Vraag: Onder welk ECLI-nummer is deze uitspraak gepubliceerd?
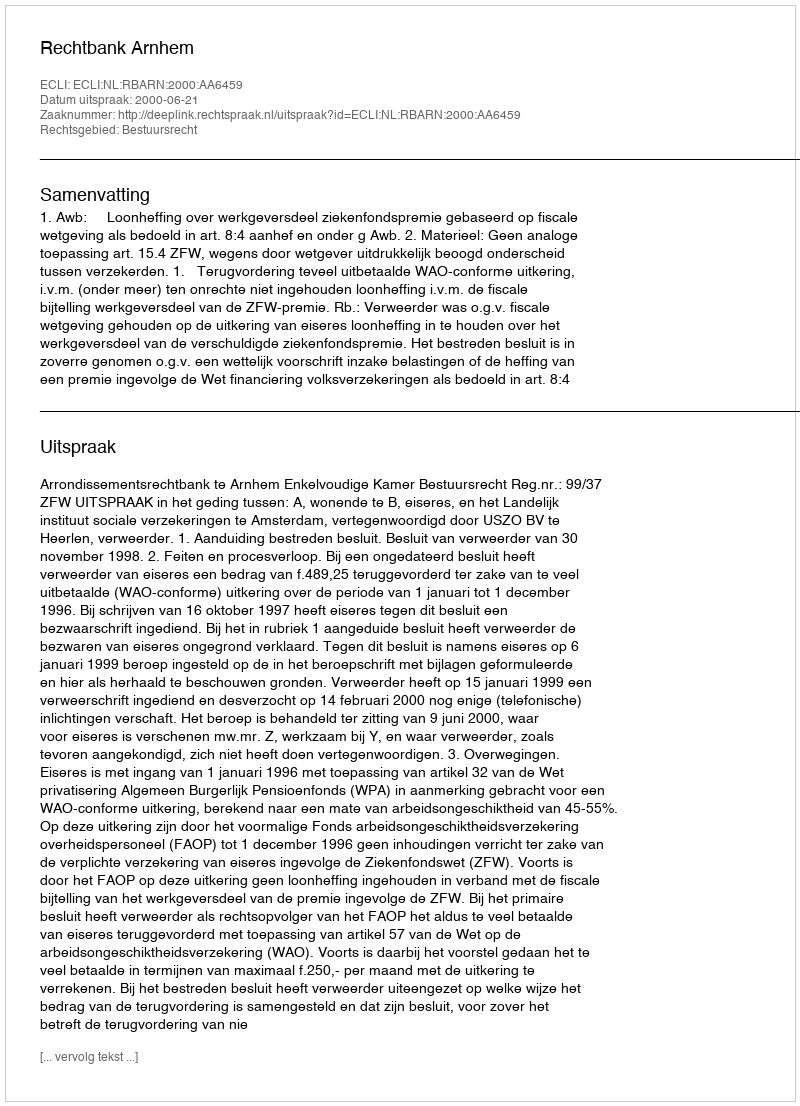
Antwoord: ECLI:NL:RBARN:2000:AA6459